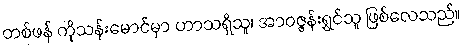
တစ်ဖန် ကိုသန်းမောင်မှာ ဟာသရှိသူ၊ အာဝဇ္ဇန်းရွှင်သူ ဖြစ်လေသည်။